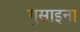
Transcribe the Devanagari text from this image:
गुसाइना